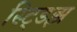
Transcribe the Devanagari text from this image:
स्ट्डिझ